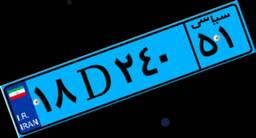
۱۸D۲۴۰۵۱